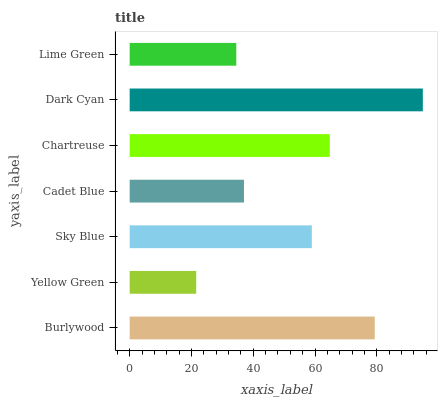
| yaxis_label | bars |
 | --- | --- |
 | Burlywood | 79.3 |
 | Yellow Green | 21.5 |
 | Sky Blue | 59 |
 | Cadet Blue | 37 |
 | Chartreuse | 64.8 |
 | Dark Cyan | 94.9 |
 | Lime Green | 34.5 |